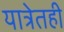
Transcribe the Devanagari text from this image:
यात्रेतही